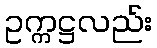
ဥက္ကဋ္ဌလည်း